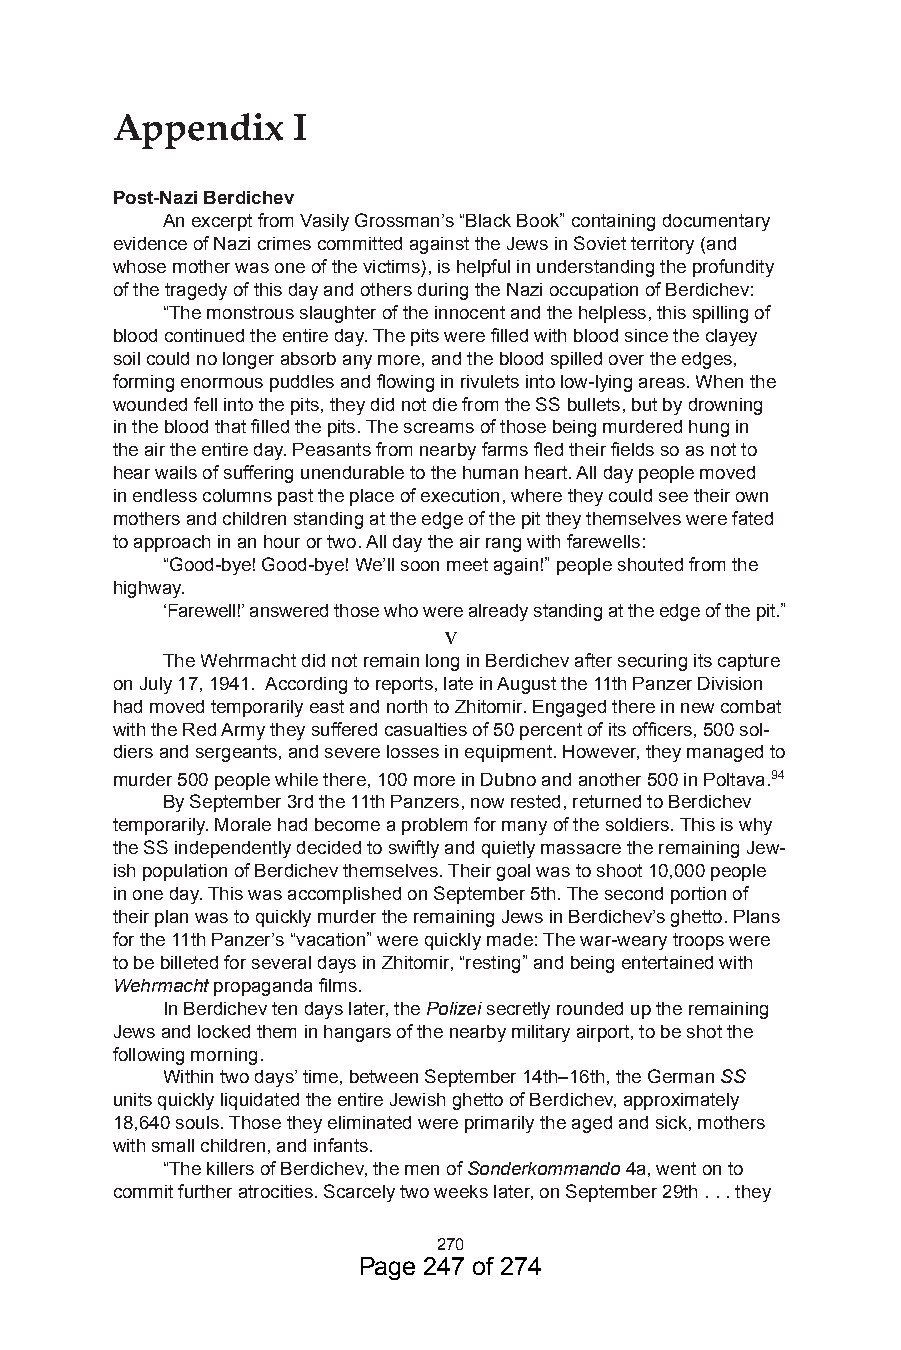
Appendix    I
 Post-Nazi Berdichev
 An excerpt from Vasily Grossman’s “Black Book” containing documentary
 evidence of Nazi crimes committed against the Jews in Soviet territory (and
 whose mother was one of the victims), is helpful in understanding the profundity
 of the tragedy of this day and others during the Nazi occupation of Berdichev:
 “The monstrous slaughter of the innocent and the helpless, this spilling of
 blood continued the entire day. The pits were filled with blood since the clayey
 soil could no longer absorb any more, and the blood spilled over the edges,
 forming enormous puddles and flowing in rivulets into low-lying areas. When the
 wounded fell into the pits, they did not die from the SS bullets, but by drowning
 in the blood that filled the pits. The screams of those being murdered hung in
 the air the entire day. Peasants from nearby farms fled their fields so as not to
 hear wails of suffering unendurable to the human heart. All day people moved
 in endless columns past the place of execution, where they could see their own
 mothers and children standing at the edge of the pit they themselves were fated
 to approach in an hour or two. All day the air rang with farewells:
 “Good-bye! Good-bye! We’ll soon meet again!” people shouted from the
 highway.
 ‘Farewell!’ answered those who were already standing at the edge of the pit.”
 v
 The Wehrmacht did not remain long in Berdichev after securing its capture
 on July 7, 94. According to reports, late in August the th Panzer Division
 had moved temporarily east and north to Zhitomir. Engaged there in new combat
 with the Red Army they suffered casualties of 50 percent of its officers, 500 sol-
 diers and sergeants, and severe losses in equipment. However, they managed to
 murder 500 people while there, 00 more in Dubno and another 500 in Poltava.94
 By September rd the th Panzers, now rested, returned to Berdichev
 temporarily. Morale had become a problem for many of the soldiers. This is why
 the SS independently decided to swiftly and quietly massacre the remaining Jew-
 ish population of Berdichev themselves. Their goal was to shoot 0,000 people
 in one day. This was accomplished on September 5th. The second portion of
 their plan was to quickly murder the remaining Jews in Berdichev’s ghetto. Plans
 for the th Panzer’s “vacation” were quickly made: The war-weary troops were
 to be billeted for several days in Zhitomir, “resting” and being entertained with
 Wehrmacht propaganda films.
 In Berdichev ten days later, the Polizei secretly rounded up the remaining
 Jews and locked them in hangars of the nearby military airport, to be shot the
 following morning.
 Within two days’ time, between September 4th–6th, the German SS
 units quickly liquidated the entire Jewish ghetto of Berdichev, approximately
 8,640 souls. Those they eliminated were primarily the aged and sick, mothers
 with small children, and infants.
 “The killers of Berdichev, the men of Sonderkommando 4a, went on to
 commit further atrocities. Scarcely two weeks later, on September 9th . . . they
 70
 Page 247 of 274